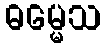
ဓမ္မေသ